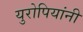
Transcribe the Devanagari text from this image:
युरोपियांनी